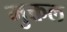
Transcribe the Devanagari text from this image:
मुक्तल